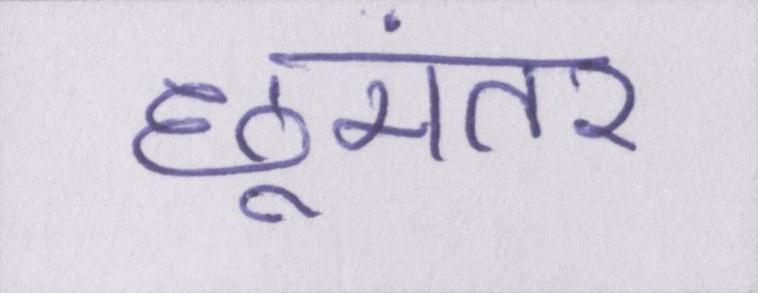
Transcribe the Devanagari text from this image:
छूमंतर